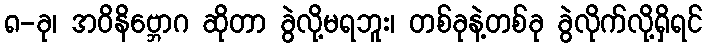
၈-ခု၊ အဝိနိဗ္ဘောဂ ဆိုတာ ခွဲလို့မရဘူး၊ တစ်ခုနဲ့တစ်ခု ခွဲလိုက်လို့ရှိရင်